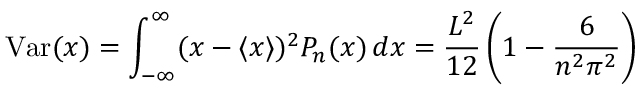
\mathrm { V a r } ( x ) = \int _ { - \infty } ^ { \infty } ( x - \langle x \rangle ) ^ { 2 } P _ { n } ( x ) \, d x = { \frac { L ^ { 2 } } { 1 2 } } \left( 1 - { \frac { 6 } { n ^ { 2 } \pi ^ { 2 } } } \right)